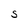
Character: S